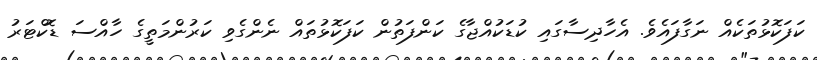
ކަފަކޮޅުތަކެއް ނަގާފައެވެ. އެހާދިސާގައި ކުޑަކުއްޖާގެ ކަންފަތުން ކަފަކޮޅުތައް ނެންގެވި ކަރުންމަތީގެ ހާއްސަ ޑޮކްޓަރު